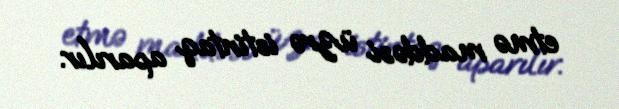
etmə maddəsi üzrə istintaq aparılır.